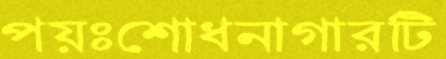
পয়ঃশোধনাগারটি